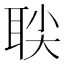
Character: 𬚙